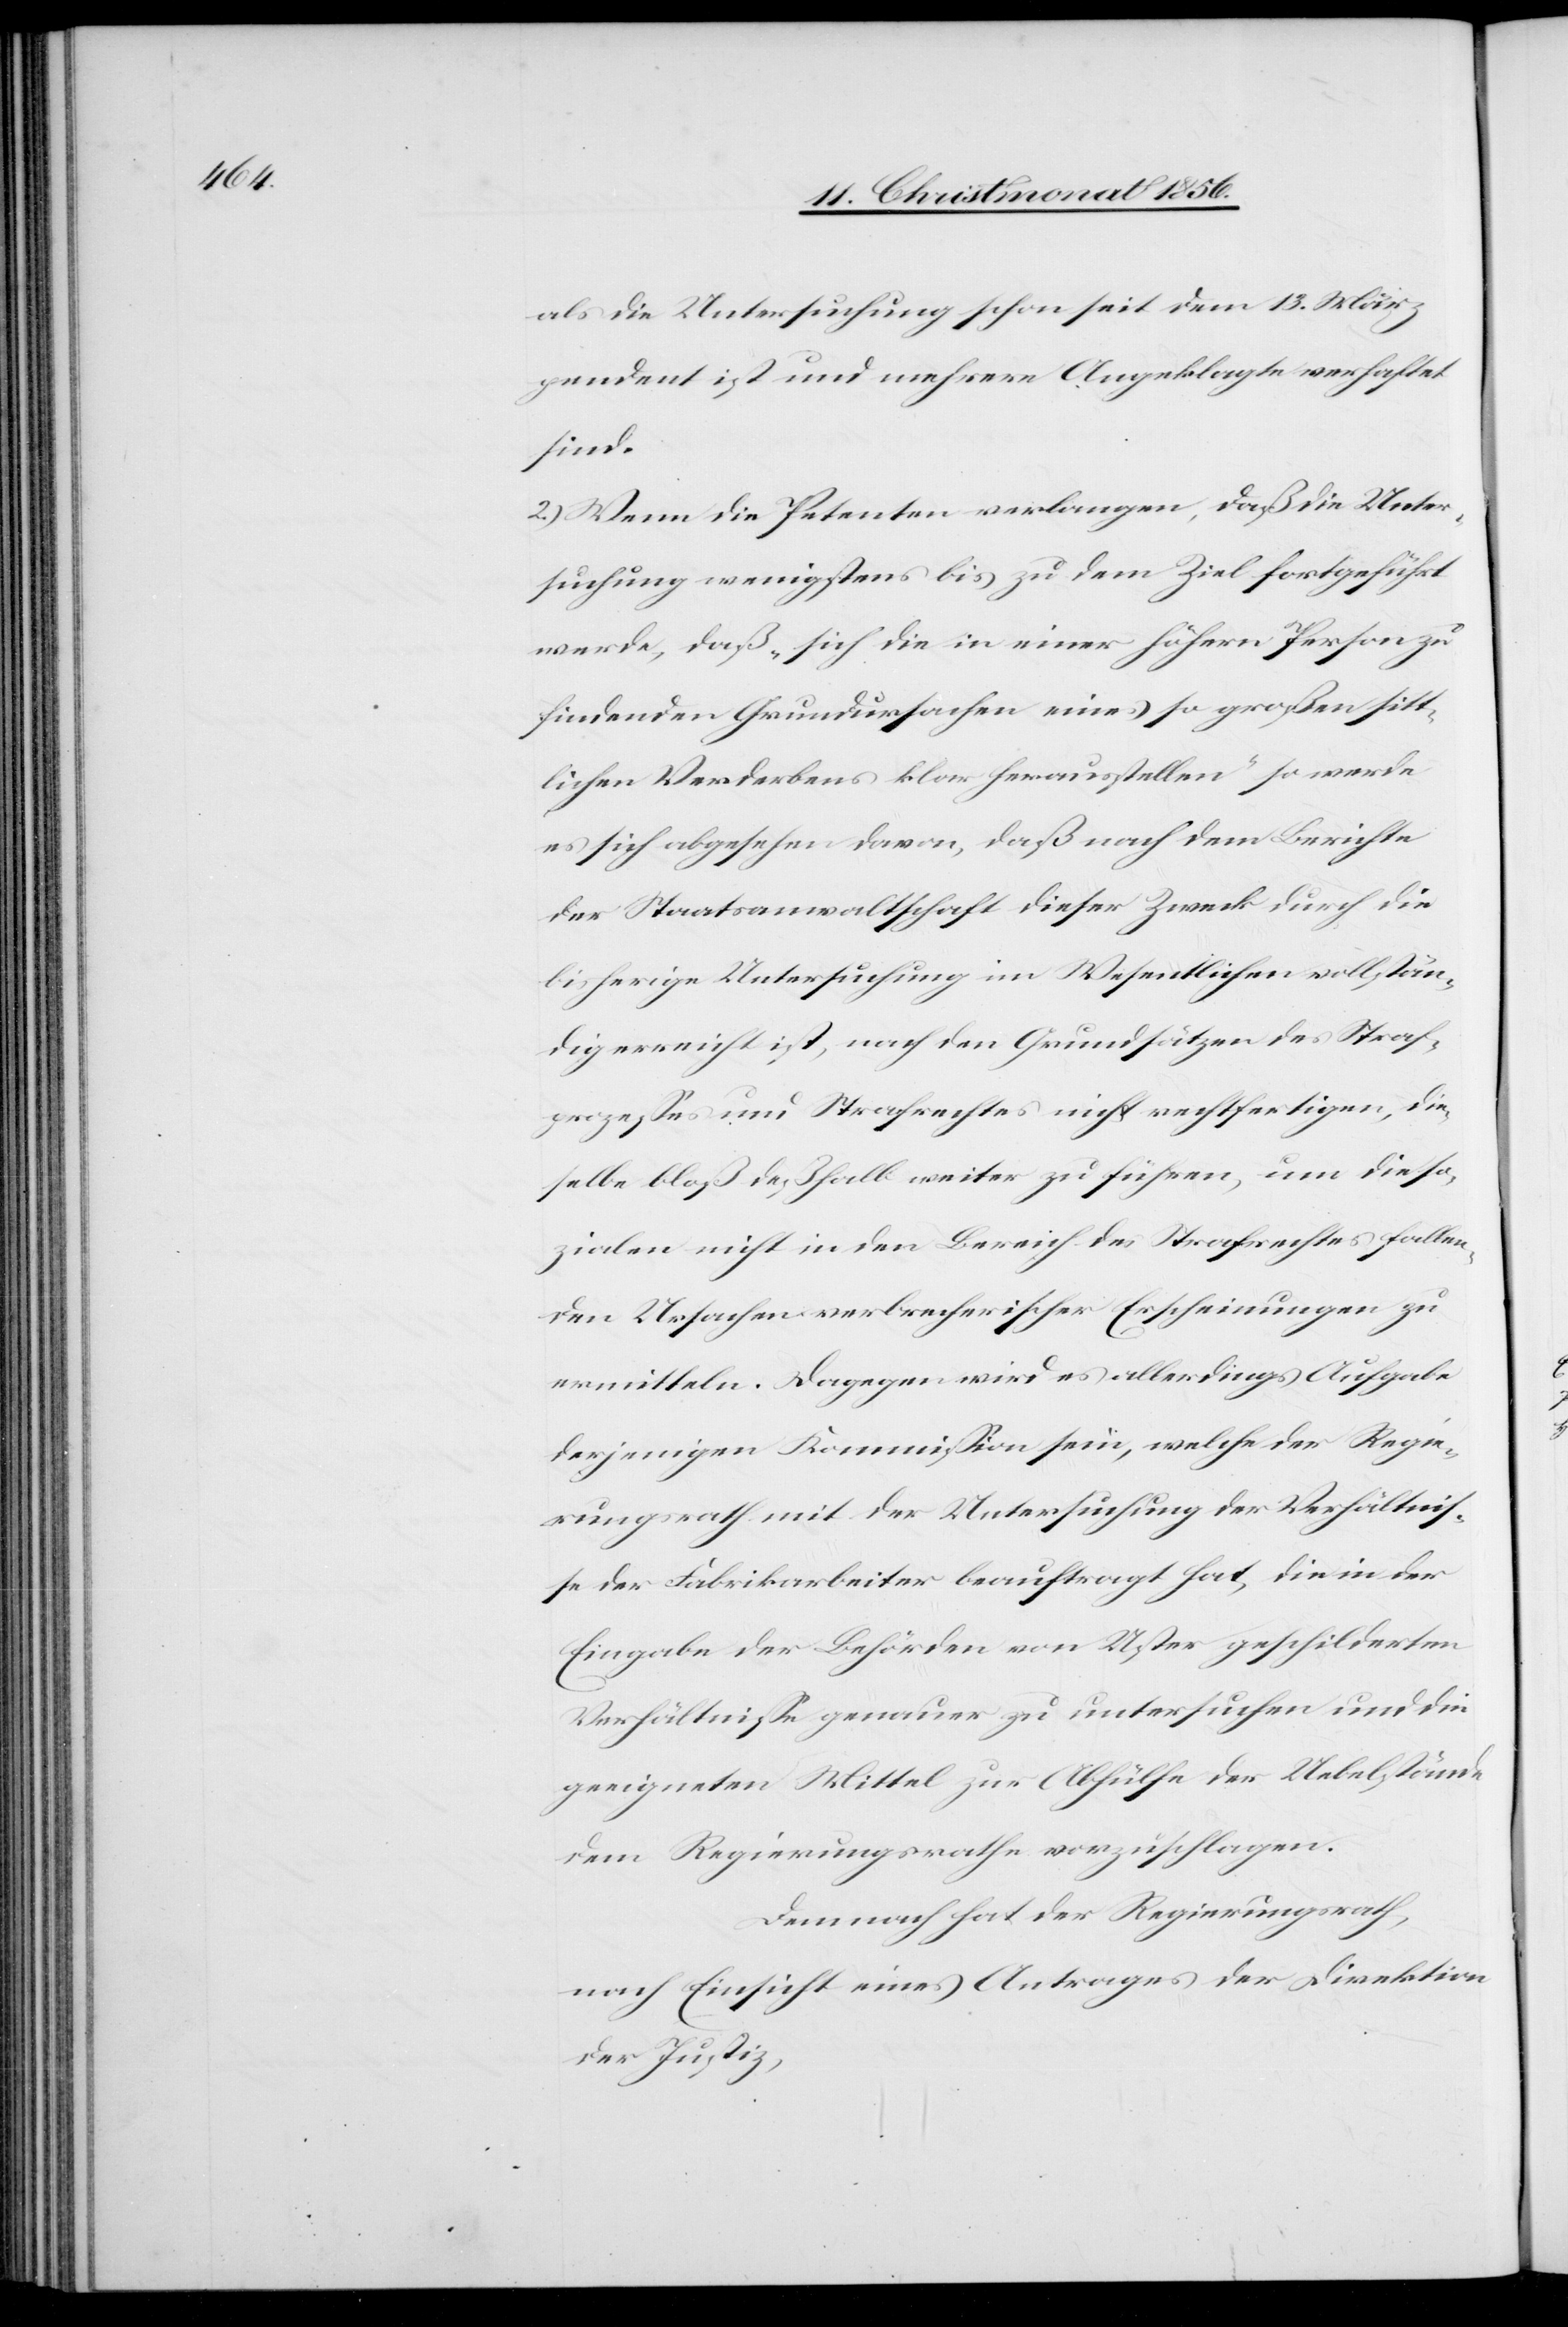
als die Untersuchung schon seit dem 13. März
pendent ist und mehrere Angeklagte verhaftet
sind.
2.) Wenn die Petenten verlangen, daß die Unter¬
suchung wenigstens bis zu dem Ziel fortgeführt
werde, daß „sich die in einer höhern Person zu
findenden Grundursachen eines so großen sitt¬
lichen Verderbens klar herausstellen“ so werde
es sich abgesehen davon, daß nach dem Berichte
der Staatsanwaltschaft dieser Zweck durch die
bisherige Untersuchung im Wesentlichen vollstän¬
dig erreicht ist, nach den Grundsätzen des Straf¬
prozesses und Strafrechtes nicht rechtfertigen, die¬
selbe bloß deßhalb weiter zu führen, um die so¬
zialen nicht in den Bereich des Strafrechtes fallen¬
den Ursachen verbrecherischer Erscheinungen zu
ermitteln. Dagegen wird es allerdings Aufgabe
derjenigen Kommission sein, welche der Regie¬
rungsrath mit der Untersuchung der Verhältnis¬
se der Fabrikarbeiter beauftragt hat, die in der
Eingabe der Behörden von Uster geschilderten
Verhältnisse genauer zu untersuchen und die
geeigneten Mittel zur Abhülfe der Uebelstände
dem Regierungsrathe vorzuschlagen.
Demnach hat der Regierungsrath,
nach Einsicht eines Antrages der Direktion
der Justiz,